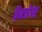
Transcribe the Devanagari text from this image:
पैन्जेया